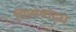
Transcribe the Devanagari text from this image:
नित्यश्राद्ध